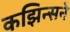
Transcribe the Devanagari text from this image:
कझिन्सने